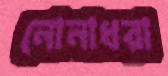
নোনাধরা